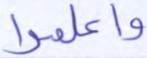
واعلموا